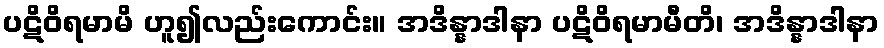
ပဋိဝိရမာမိ ဟူ၍လည်းကောင်း။ အဒိန္နာဒါနာ ပဋိဝိရမာမီတိ၊ အဒိန္နာဒါနာ